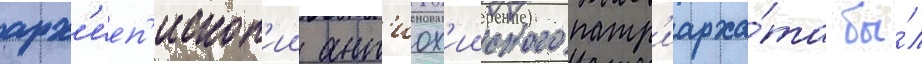
арх'иеп'ископ'ии ант'иох'ииского патр'иарха́та бы́л